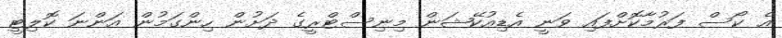
އެ ކޯސް ފަރުމާކޮށްފައި ވަނީ އެޑިއުކޭޝަން މިނިސްޓްރީގެ ދަށުން ހިންގަމުން އަންނަ ކޮލިޓީ